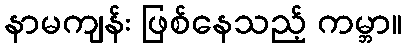
နာမကျန်း ဖြစ်နေသည့် ကမ္ဘာ။